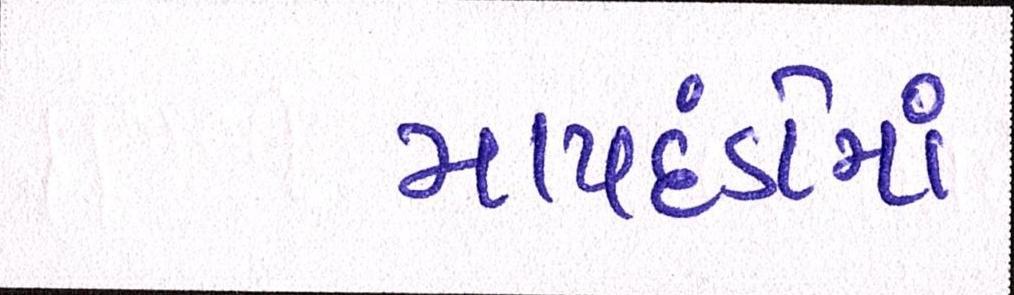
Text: માપદંડોમાં